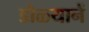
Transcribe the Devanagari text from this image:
डोळ्यानें